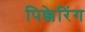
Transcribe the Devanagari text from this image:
पिक्केरिंग